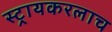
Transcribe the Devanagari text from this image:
स्ट्रायकरलाच